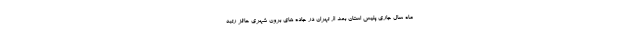
ماه سال جاری پلیس استان بعد از تهران در جاده های برون شهری حائز رتبه